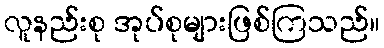
လူနည်းစု အုပ်စုများဖြစ်ကြသည်။